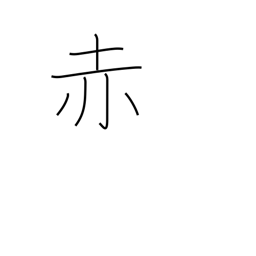
Meaning: red